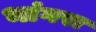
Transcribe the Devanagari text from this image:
भांगरा